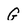
Character: G